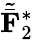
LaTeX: {\tilde{\bar{\mathbf F}}}_{2}^{*}